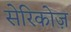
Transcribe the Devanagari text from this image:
सेरिकोज़